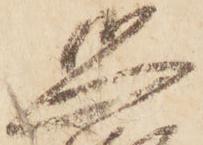
恐